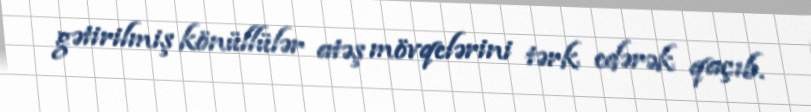
gətirilmiş könüllülər atəş mövqelərini tərk edərək qaçıb.